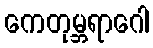
ကေတုမ္ဘရာဂေါ